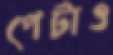
পেটাও